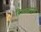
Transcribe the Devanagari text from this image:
दिवाळीपूर्वी